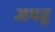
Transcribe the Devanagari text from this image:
जपहु